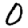
Digit: 0